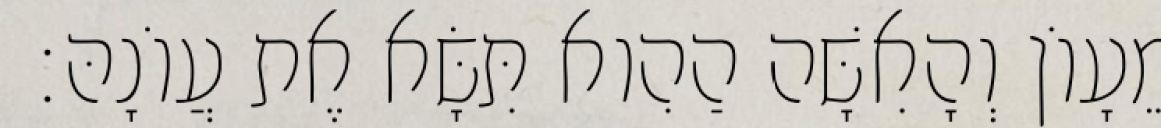
מֵעָוֹן וְהָאִשָּׁה הַהִוא תִּשָּׂא אֶת עֲוֹנָהּ׃